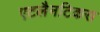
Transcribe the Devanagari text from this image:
एटलैनटिकस